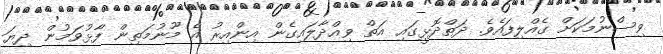
ވިސްނުމަކަށް ގެއްލިފައެވެ. ދަތްދޮޅީގައި އަތް ވިއްދާލައިގެން އިންއިރު އެ މޫނުމަތިން ފާޅުވަމުން ދިޔަ